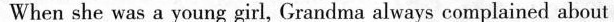
When she was a young girl.Grandma always complained about